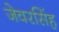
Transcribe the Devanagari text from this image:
जेवरसिंह